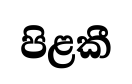
පිළකී